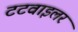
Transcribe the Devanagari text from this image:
टटवाइलर